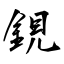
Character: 鋧